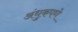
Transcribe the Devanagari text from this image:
अंधुकपणे